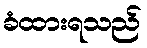
ခံထားရသည်